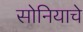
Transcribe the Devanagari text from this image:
सोनियाचे